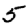
Digit: 5